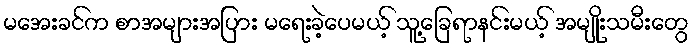
မအေးခင်က စာအများအပြား မရေးခဲ့ပေမယ့် သူ့ခြေရာနင်းမယ့် အမျိုးသမီးတွေ